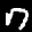
Label: 7